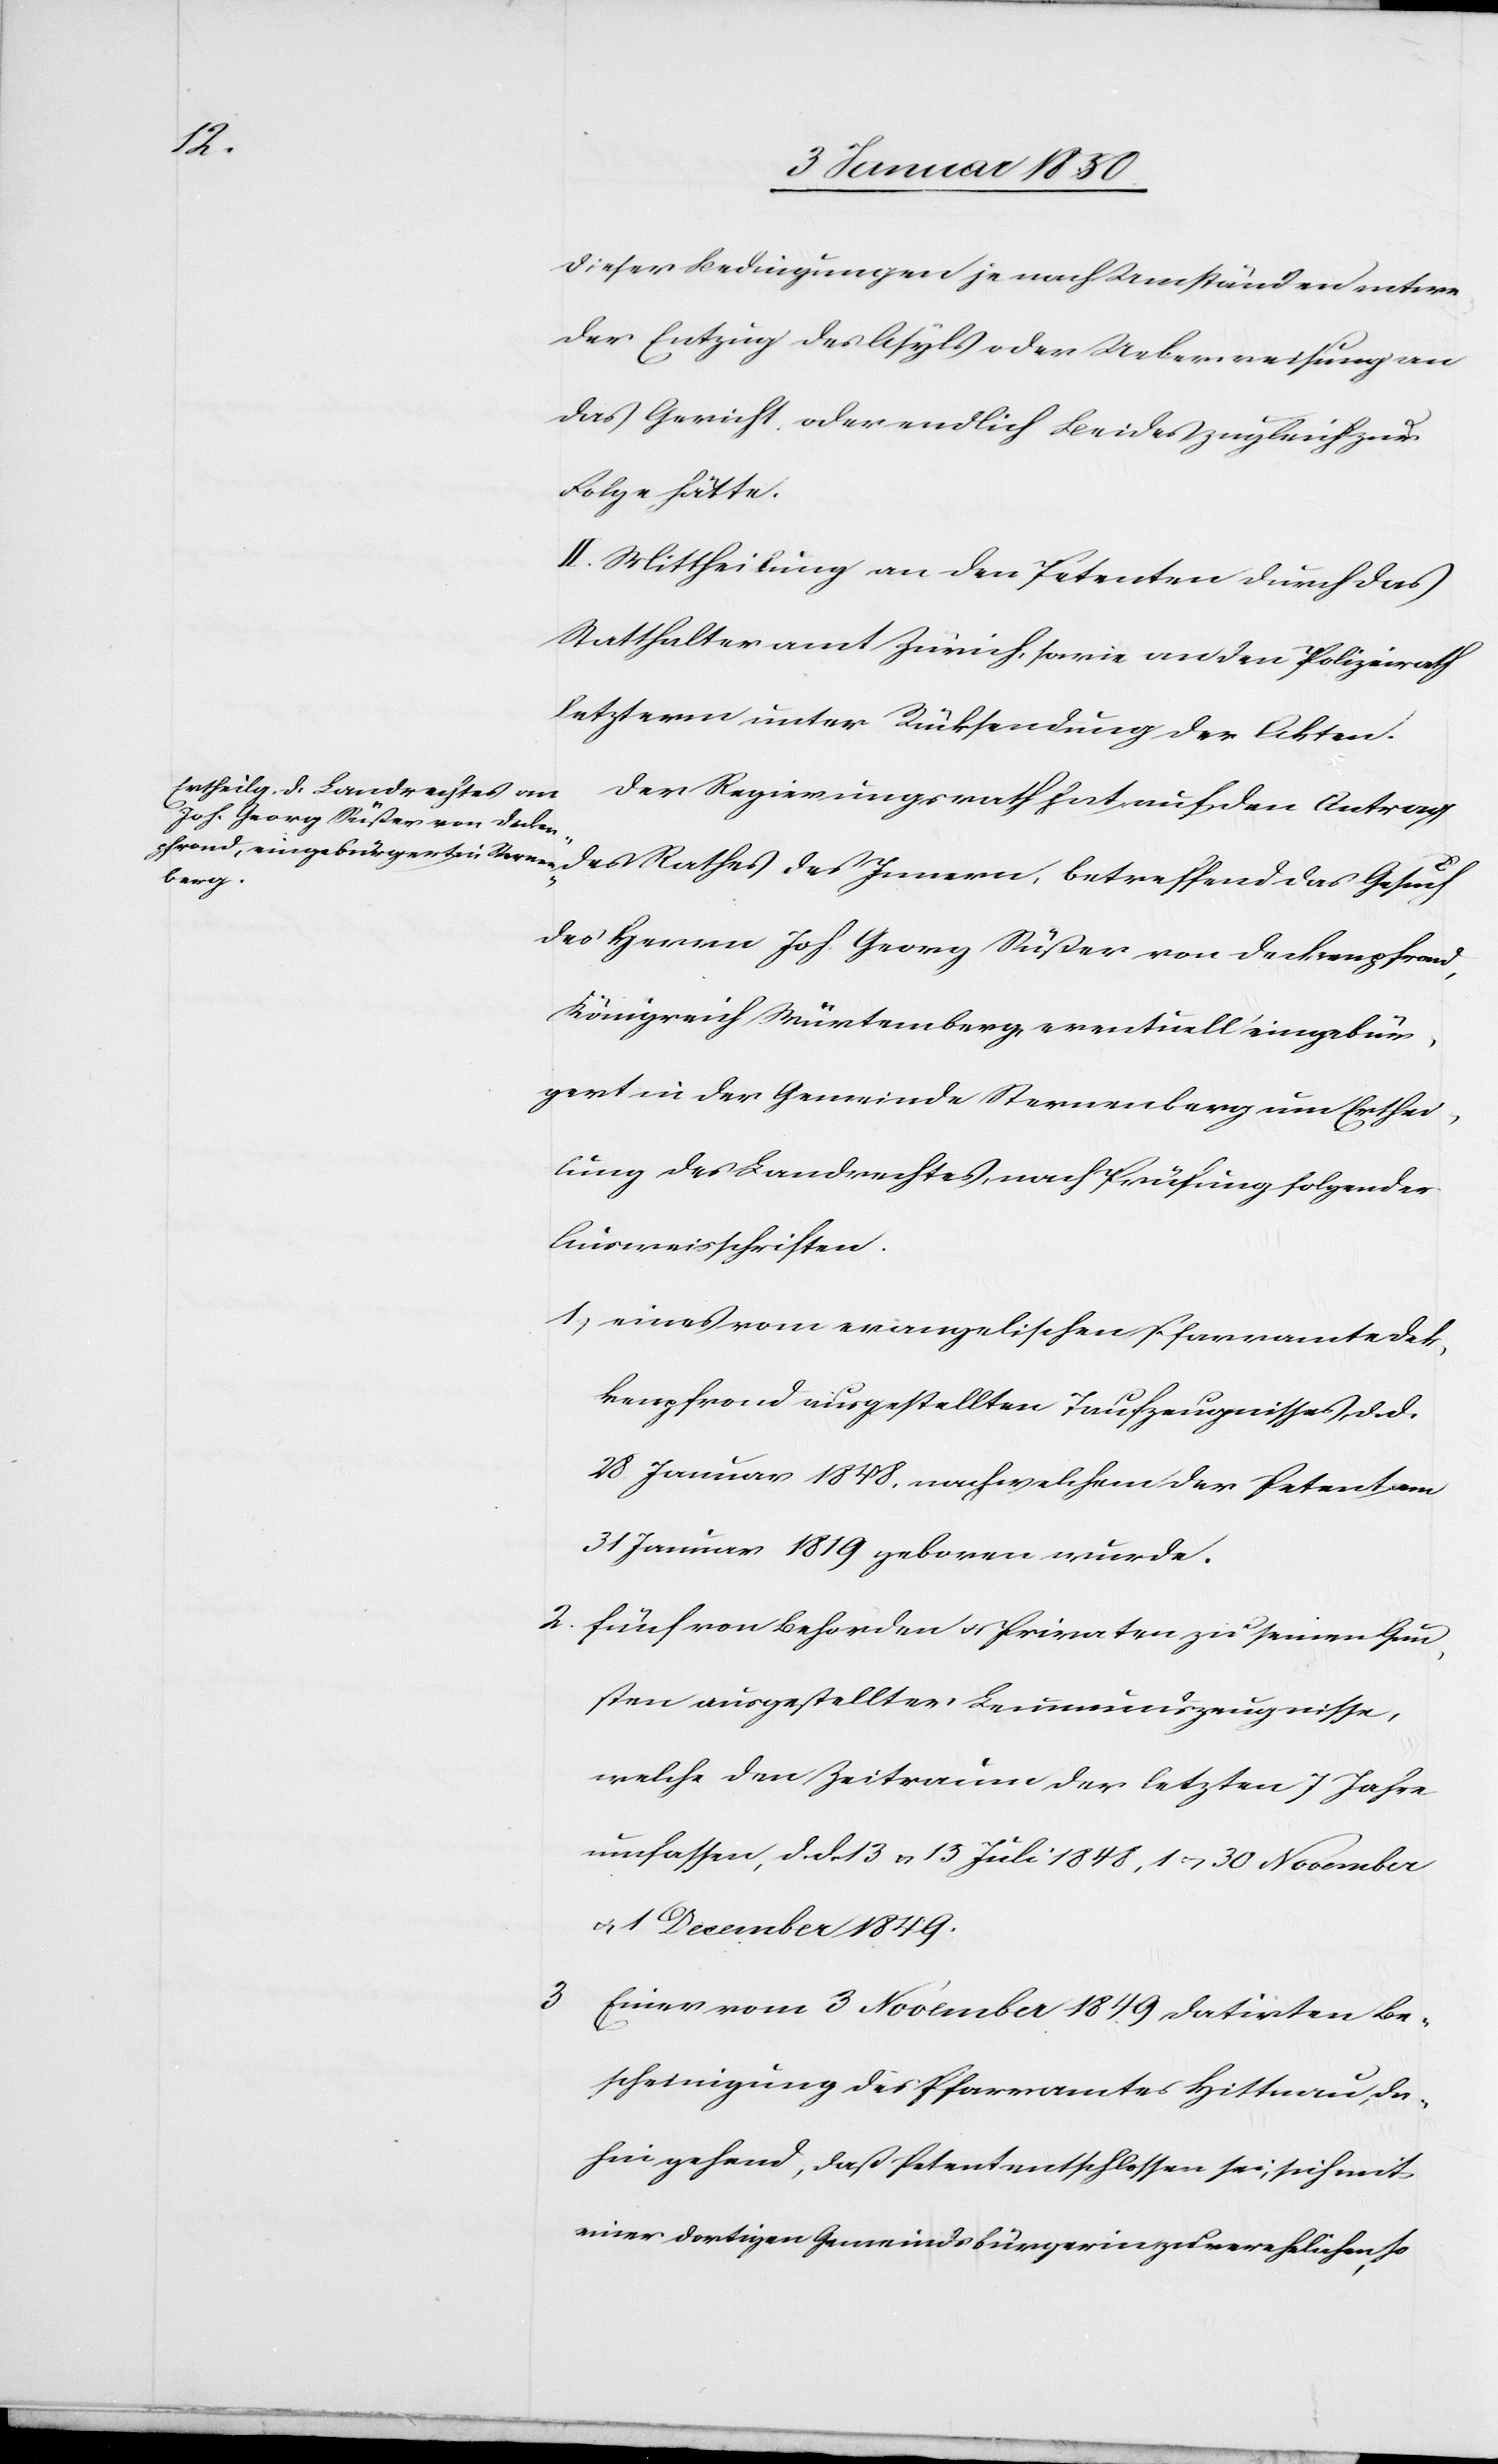
dieser Bedingungen je nach Umständen entwe¬
der Entzug des Asyls oder Ueberweisung an
das Gericht oder endlich Beides zugleich zur
Folge hätte.
II. Mittheilung an den Petenten durch das
Statthalteramt Zürich, sowie an den Polizeirath
letzterm unter Rücksendung der Akten.
Der Regierungsrath hat auf den Antrag
des Rathes des Innern, betreffend das Gesuch
des Herrn Joh. Georg Süßer von Deckenpfrond,
Königreich Würtemberg, eventuell eingebür¬
gert in der Gemeinde Sternenberg um Erthei¬
lung des Landrechtes, nach Prüfung folgender
Ausweisschriften.
1) eines vom evangelischen Pfarramte Dec¬
kenpfrond ausgestellten Taufzeugnisses, d. d.
28. Januar 1848. nach welchem der Petent am
31 Januar 1819 geboren wurde.
2. fünf von Behörden u. Privaten zu seinen Gun¬
sten ausgestellten Leumundszeugnisse,
welche den Zeitraum der letzten 7 Jahre
umfassen, d. d. 13 u. 15 Juli 1848, 1 u. 30 November
u. 1 December 1849.
Einer vom 3 November 1849 datirten Be¬
scheinigung des Pfarramtes Hittnau, da¬
hin gehend, daß Petent entschlossen sei, sich mit
einer dortigen Gemeindsbürgerin zu verehelichen, so-